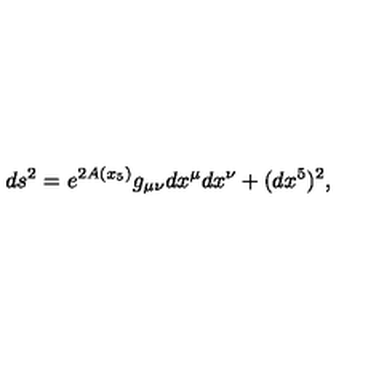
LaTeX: d s ^ { 2 } = e ^ { 2 A ( x _ { 5 } ) } g _ { \mu \nu } d x ^ { \mu } d x ^ { \nu } + ( d x ^ { 5 } ) ^ { 2 } ,